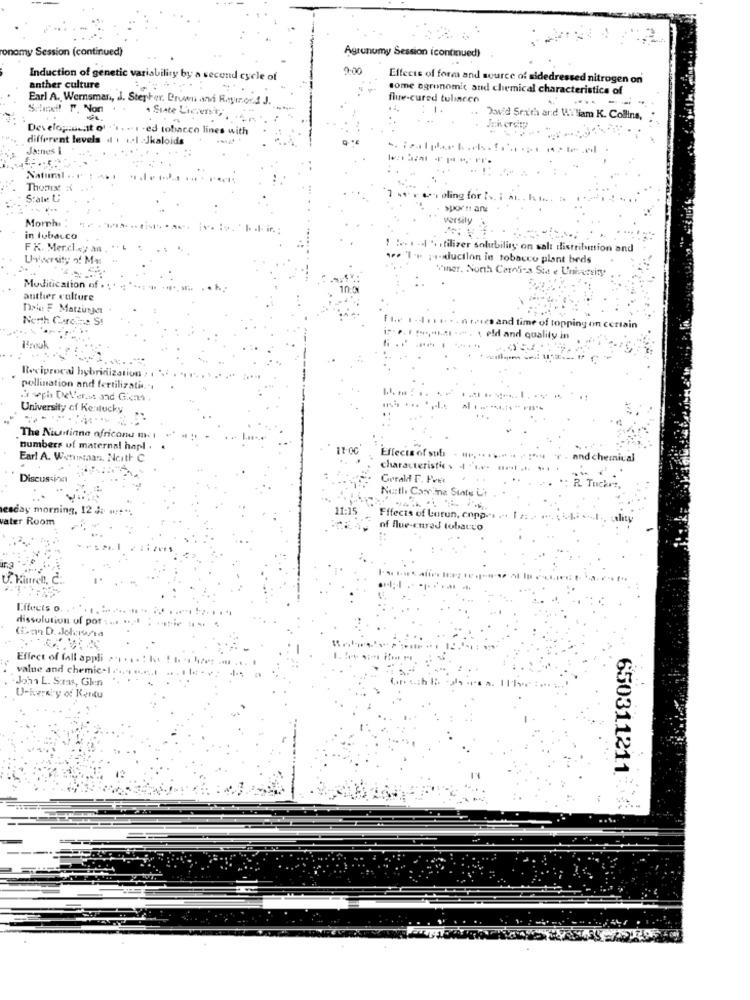
onomy Session (continued)
Agrunumy Session icontinued)
700
Induction of genetic variability by a second cycle of
Effects of forms and source of sidedressed nitrogen on
anther culture
some ogronomic and chemical characteristics of
Earl A. Wernsmar .,
er. Brun and Raymond J.
flue-cured tuliacen
State Lichensi
David Smith and Wi liam K. Collins,
Development of
acco lines v
different levels
Jatnes &
Natural
Thoms #
S:ate U
, oling for Is.
Morphi
versily
in tobacco
FK. Mercley an
: . . ... tilizer solubility on salt distribution and
Uversity of Mas
we. Ir puanducilon in tobacco plant beds
Viner, North Carolina State University
Modification of .
antler culture
Die F Matzinger
North Carc# ::: S!
I time of topping on certain
Mid and quality in
Reciprocal hybridization :
pollination and fertilizatis ...
Proph Del'erst and Gons .
University of Kentucky
The Niustiana africand m. 1
numbers of maternal hapl .
11:00'
Effects
Earl A. Wetuntaan, North C
and chemical
charat
eristhe.
Discussing
Gerald F. Fver
Nurthe Com.ma Sinte L'i
R. Tucher .
today morning, 12 3: "
ster Room
s of Lorun, cn
U. Kimrel !, C ..
Effects o.
dissolution of por :
Effect of fall appli >
value and chemic-1 .
John L. Stat, Gkn
U-kerery of Kentu
650311211